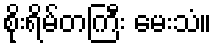
စိုးရိမ်တကြီး မေးသံ။